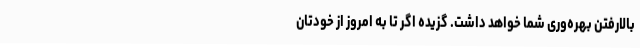
بالارفتن بهره‌وری شما خواهد داشت. گزیده اگر تا به امروز از خودتان